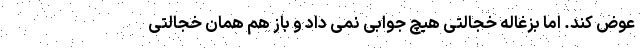
عوض کند. اما بزغاله خجالتی هیچ جوابی نمی داد و باز هم همان خجالتی